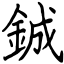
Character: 鋮